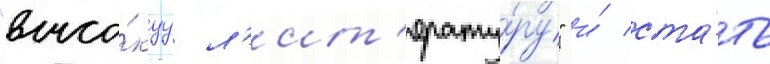
"высо́куу л'ит'ерату́ру" и́ ста́ть